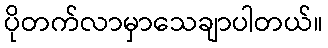
ပိုတက်လာမှာသေချာပါတယ်။